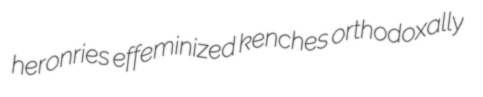
heronries effeminized kenches orthodoxally